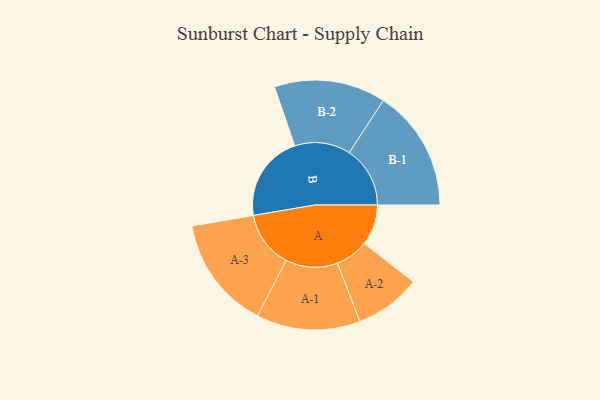
{"axis": {"x": "Segment", "y": "Value"}, "legend": ["", "A", "B"], "data": [{"x": "A", "y": 183, "type": ""}, {"x": "B", "y": 389, "type": ""}, {"x": "A-1", "y": 234, "type": "A"}, {"x": "A-2", "y": 149, "type": "A"}, {"x": "A-3", "y": 255, "type": "A"}, {"x": "B-1", "y": 274, "type": "B"}, {"x": "B-2", "y": 251, "type": "B"}]}